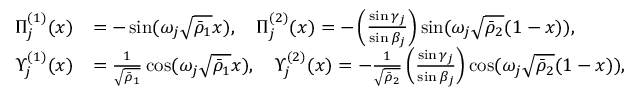
\begin{array} { r l } { \Pi _ { j } ^ { ( 1 ) } ( x ) } & { = - \sin ( \omega _ { j } \sqrt { \bar { \rho } _ { 1 } } x ) , \quad \Pi _ { j } ^ { ( 2 ) } ( x ) = - \left( \frac { \sin \gamma _ { j } } { \sin \beta _ { j } } \right) \sin ( \omega _ { j } \sqrt { \bar { \rho } _ { 2 } } ( 1 - x ) ) , } \\ { \Upsilon _ { j } ^ { ( 1 ) } ( x ) } & { = \frac { 1 } { \sqrt { \bar { \rho } _ { 1 } } } \cos ( \omega _ { j } \sqrt { \bar { \rho } _ { 1 } } x ) , \quad \Upsilon _ { j } ^ { ( 2 ) } ( x ) = - \frac { 1 } { \sqrt { \bar { \rho } _ { 2 } } } \left( \frac { \sin \gamma _ { j } } { \sin \beta _ { j } } \right) \cos ( \omega _ { j } \sqrt { \bar { \rho } _ { 2 } } ( 1 - x ) ) , } \end{array}